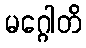
မဂ္ဂေါတိ